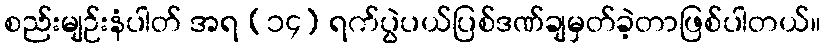
စည်းမျဉ်းနံပါတ် အရ (၁၄) ရက်ပွဲပယ်ပြစ်ဒဏ်ချမှတ်ခဲ့တာဖြစ်ပါတယ်။